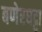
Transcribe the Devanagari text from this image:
बणेरघट्टा